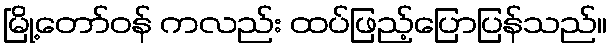
မြို့တော်ဝန် ကလည်း ထပ်ဖြည့်ပြောပြန်သည်။